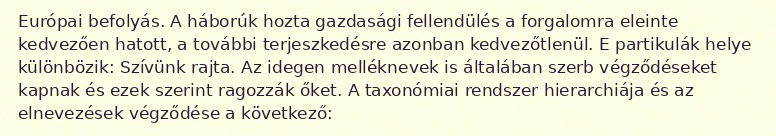
Európai befolyás. A háborúk hozta gazdasági fellendülés a forgalomra eleinte kedvezően hatott, a további terjeszkedésre azonban kedvezőtlenül. E partikulák helye különbözik: Szívünk rajta. Az idegen melléknevek is általában szerb végződéseket kapnak és ezek szerint ragozzák őket. A taxonómiai rendszer hierarchiája és az elnevezések végződése a következő: